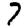
Digit: 7